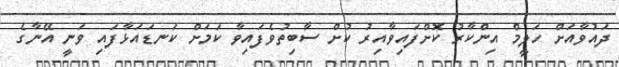
ދައުވާއަށް ހަލީމް އިންކާރު ކޮށްފައިވާއިރު ކުށް ސާބިތުވެފައިވާ ކަމަށް ކަނޑައަޅާފައި ވަނީ އޭނާގެ